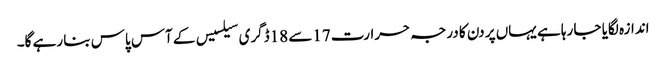
اندازہ لگایا جا رہا ہے یہاں پر دن کا درجہ حرارت 17سے 18ڈگری سیلسیس کے آس پاس بنا رہے گا۔